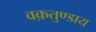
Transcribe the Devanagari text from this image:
वक़तुण्डाय